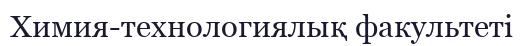
Химия-технологиялық факультеті